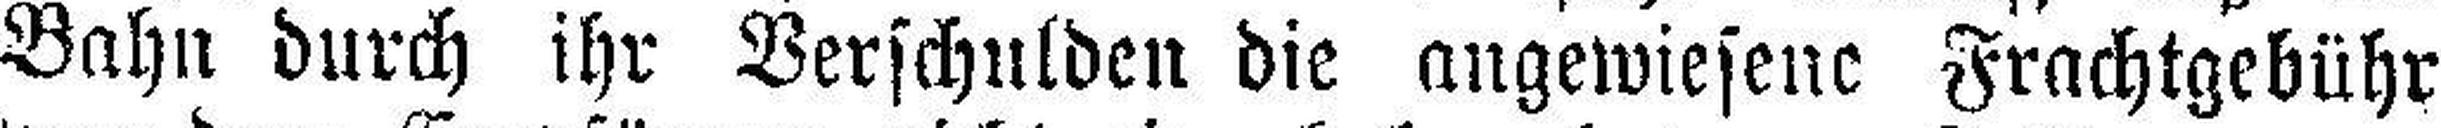
Bahn durch ihr Verschulden die angewiesene Frachtgebühr